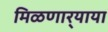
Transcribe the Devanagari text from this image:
मिळणार्‍याया